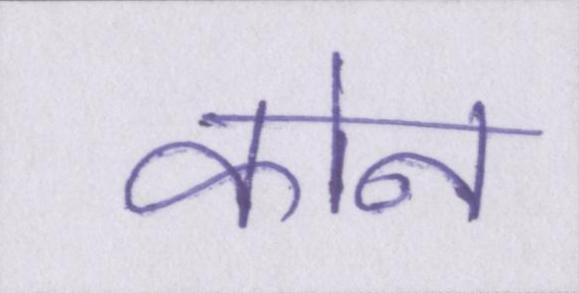
कोन